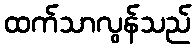
ထက်သာလွန်သည်